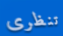
تنظرى